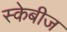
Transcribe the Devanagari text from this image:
स्केबीज